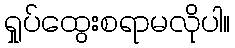
ရှုပ်ထွေးစရာမလိုပါ။